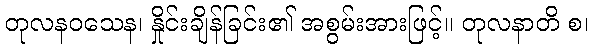
တုလနဝသေန၊ နှိုင်းချိန်ခြင်း၏ အစွမ်းအားဖြင့်။ တုလနာတိ စ၊